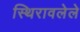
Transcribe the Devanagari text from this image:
स्थिरावलेले